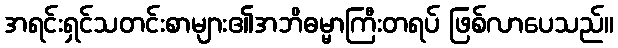
အရင်းရှင်သတင်းစာများ၏အဘိဓမ္မာကြီးတရပ် ဖြစ်လာပေသည်။